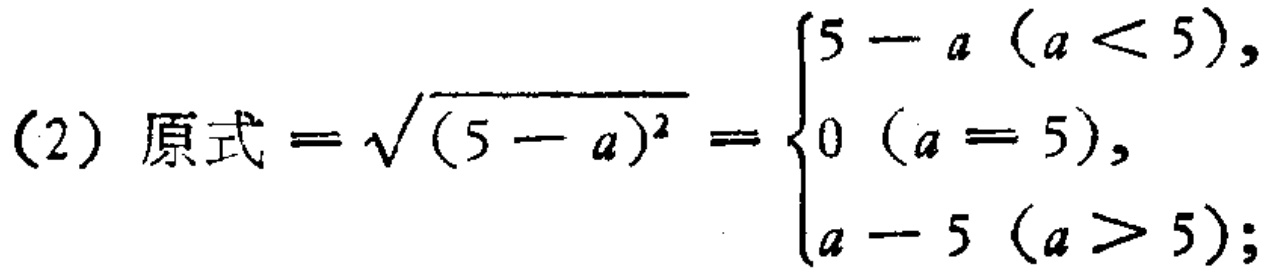
(2) 原式$=\sqrt{(5 - a)^2} = \begin{cases}5 - a\ (a < 5),\\0\ (a = 5),\\a - 5\ (a > 5);\end{cases}$